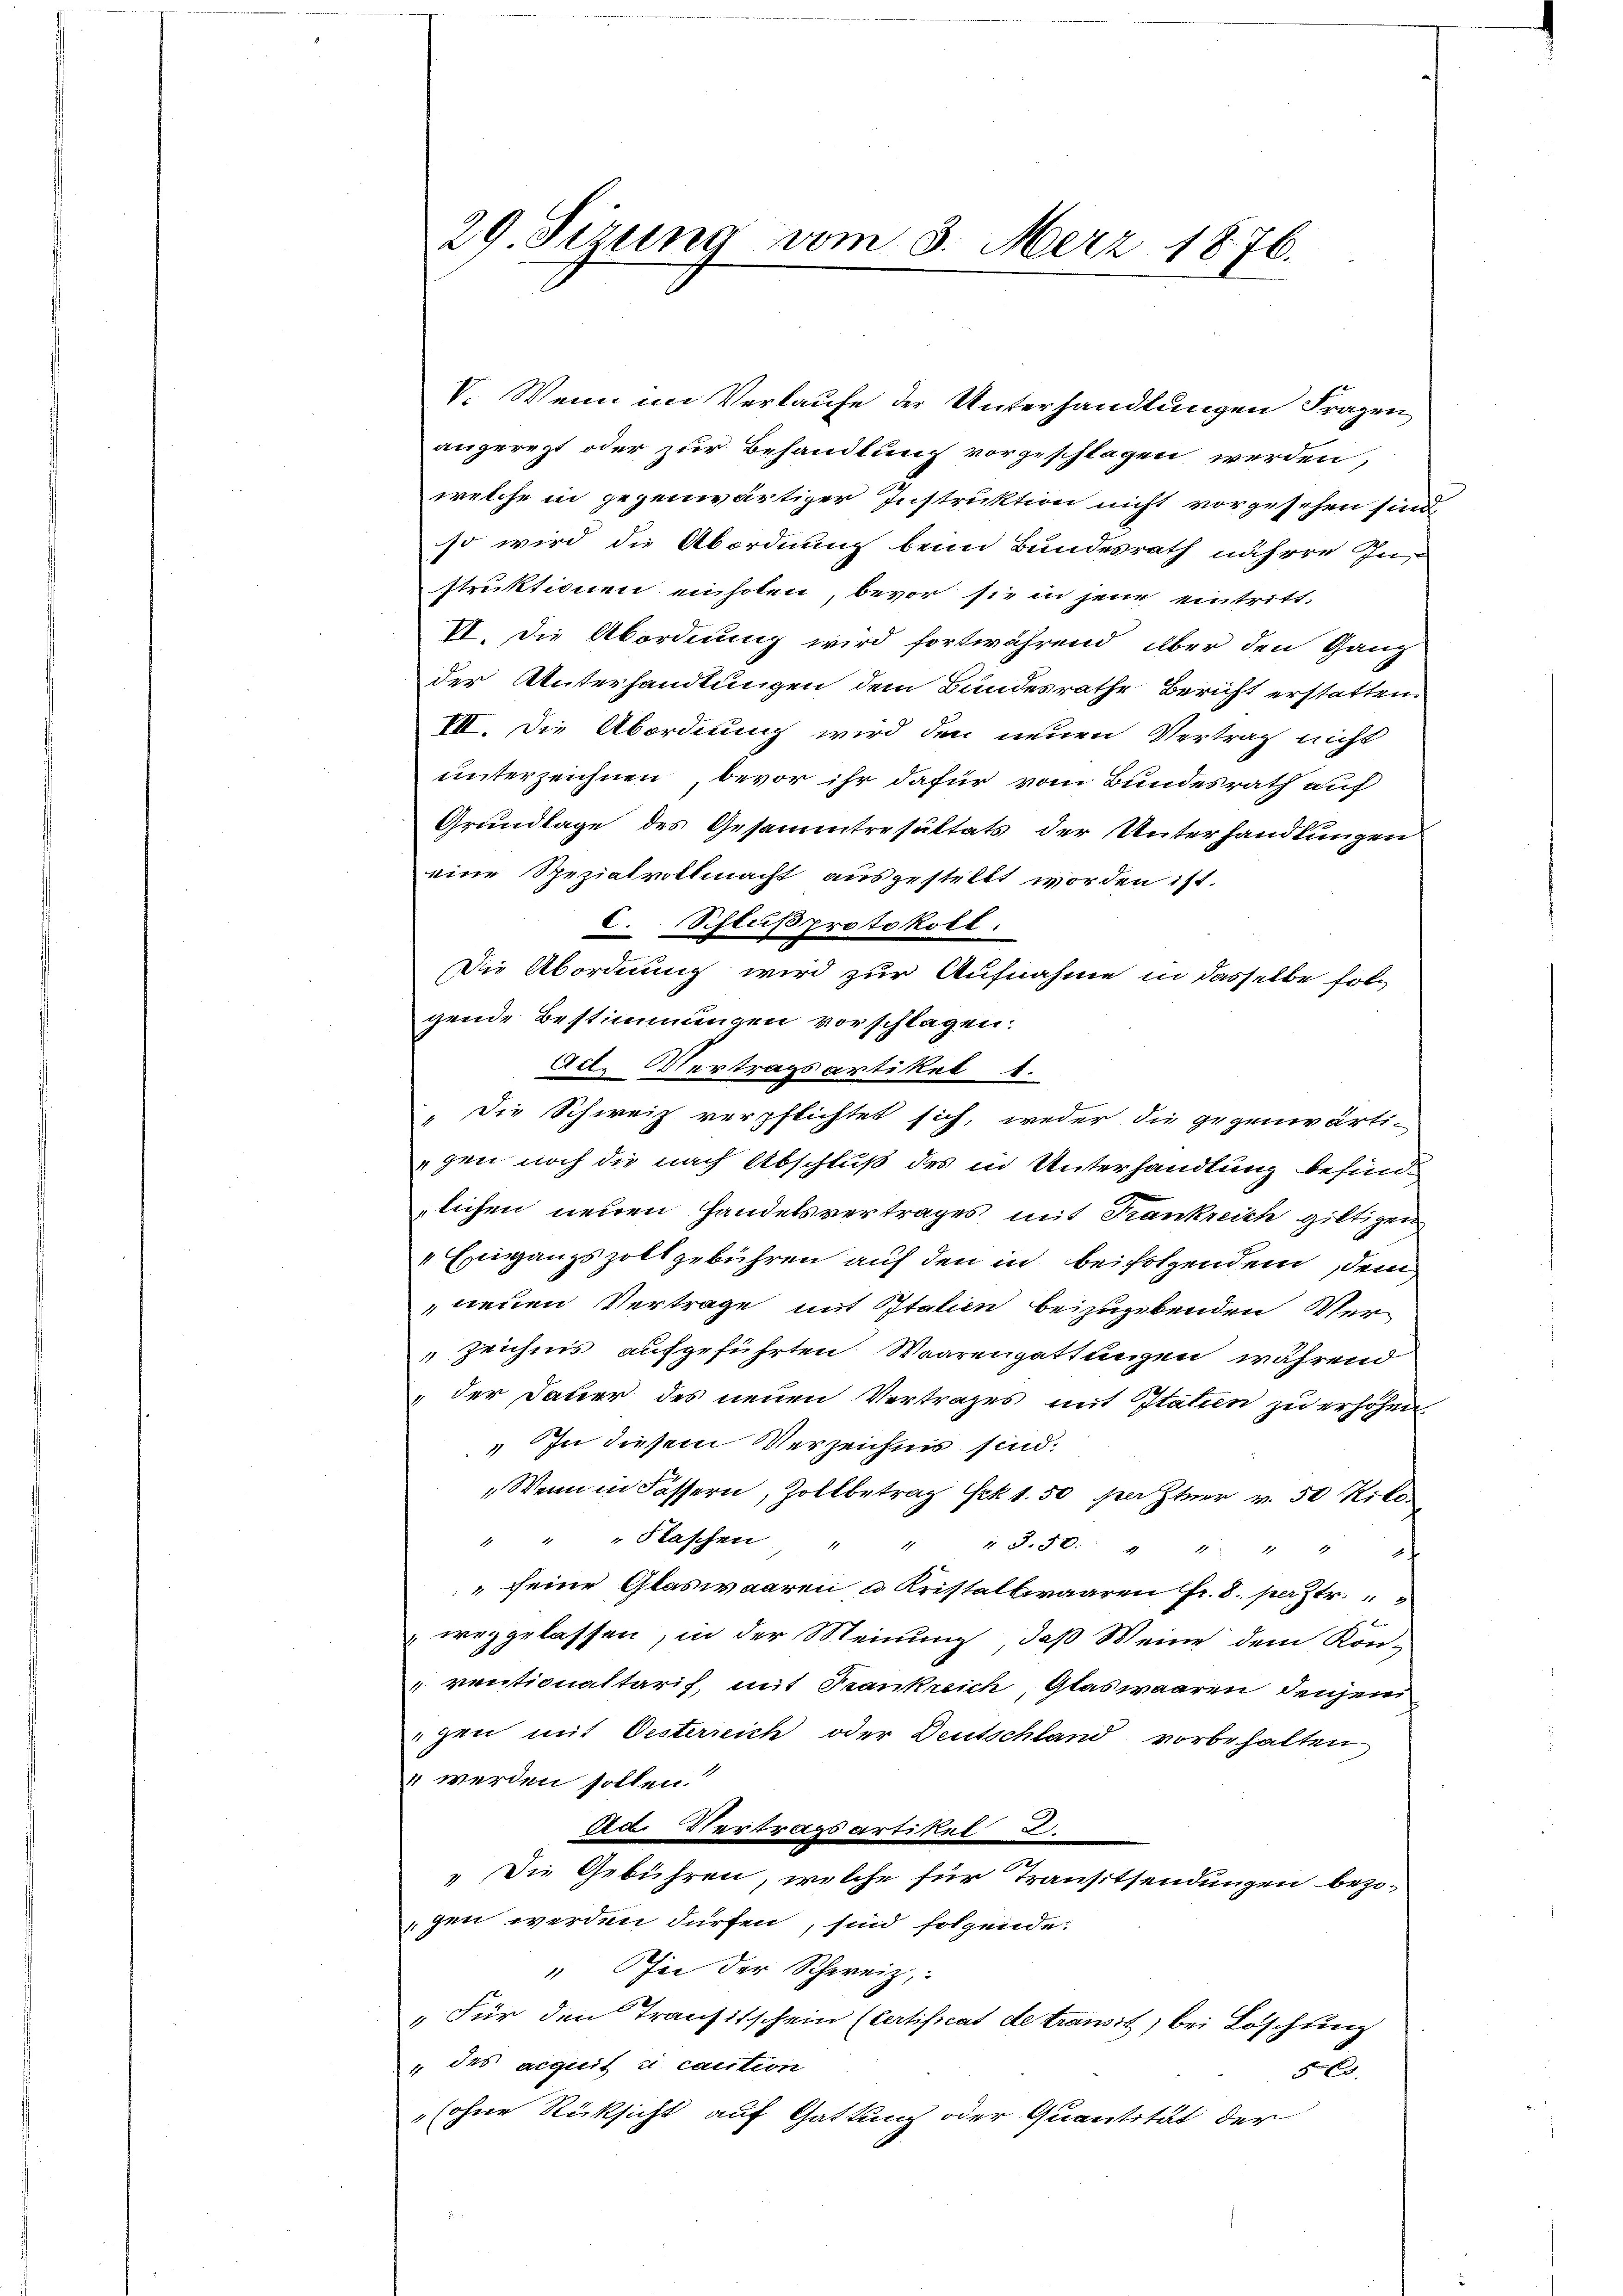
29. Sirung vom 3. Merz 1876.

V. Wenn im Verkaufe der Unterhandlungen Fragen
angeregt oder zur Behandlung vorgeschlagen werden,
welche in gegenwärtiger Instruktion nicht vorgesehen sind,
so wird die Abordnung beim Bundesrath nähere Instruktionen einholen, bevor sie in jene eintritt.
VI. Die Abordnung wird fortwährend über den Ganz
der Unterhandlungen dem Bundesrathe Bericht erstatten.
VII. Die Abordnung wird den neuen Vertrag nicht
unterzeichnen, bevor ihr dafür vom Bundesrath auf
Grundlage des Gesammtresultats der Unterhandlungen
eine Spezialvottmacht ausgestellt worden ist.
C. Schlußprotokoll.
Die Abordnung wird zur Aufnahme in dasselbe folgende Bestimmungen vorschlagen.
Act. Vertragsartikel 1.
„Die Schweiz verpflichtet sich, weder die gegenwärti-
gen noch die nach Abschluß des in Unterhandlung befinde
lichen neuen Handelsvertrages mit Frankreich giltigen
"Eingangszolt gebühren auf den in beifolgendem dem
neuen Vertrage mit Italien beizugebenden Verzeichnis aufgeführten Waarengattungen, während
"der Dauer des neuen Vertrages mit Itatien zu erhöhen
" In diesem Verzeichnis sind.
"Wenn in Fässern, Zollbetrag Frk. 1.50 pater v. 50 Kilo¬
" " " Flaschen " " " 8.50: " " " "
" seine Glaswaaren u. Kristallwaaren Fr. 8. perstr.
weggelassen, in der Meinung, daß Weine dem Kon-
ventionaltaris, mit Trankreich, Glaswaaren denjen
gen mit Oesterrich oder Deutschland vorbehalten
" werden sollen.“
Ad. Vertragsartikel 2.
„Die Gebühren, welche für Transitsendungen bezogen werden dürfen, sind folgende.
" Sie der Schweiz,
"Für den Transitschein (Certificat de transit) bei Löschung
 des acquit u. caution
56
(ohne Rücksicht auf Gattung oder Quantität der